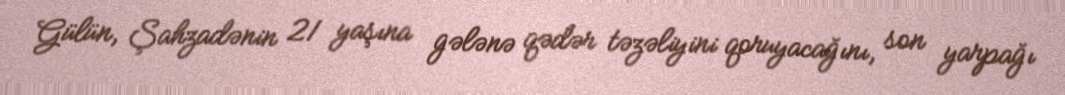
Gülün, Şahzadənin 21 yaşına gələnə qədər təzəliyini qoruyacağını, son yarpağı